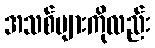
အသစ်များကိုလည်း